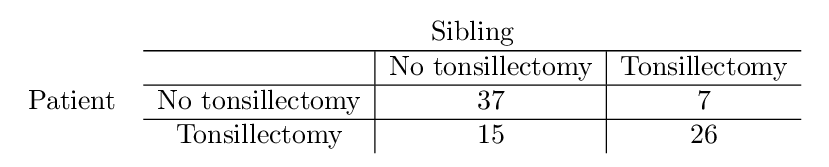
{\begin{array}{cc}&{\text{Sibling}}\\{\text{Patient}}&{\begin{array}{c|c|c}\hline &{\text{No tonsillectomy}}&{\text{Tonsillectomy}}\\\hline {\text{No tonsillectomy}}&37&7\\\hline {\text{Tonsillectomy}}&15&26\end{array}}\end{array}}